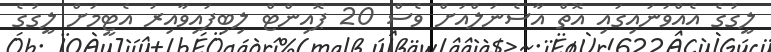
ލީގުގެ އެއްވަނައިގައި އޮތް އާސެނަލްއަށް ވެސް 20 ޕޮއިންޓް ލިބިފައިވާއިރު އެޓީމަށް ލީގުގެ